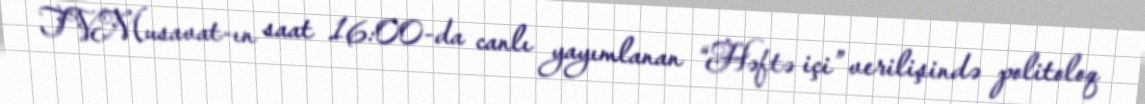
TVMusavat-ın saat 16:00-da canlı yayımlanan “Həftə içi” verilişində politoloq